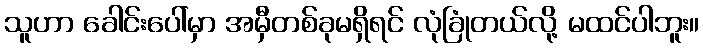
သူဟာ ခေါင်းပေါ်မှာ အမှီတစ်ခုမရှိရင် လုံခြုံတယ်လို့ မထင်ပါဘူး။